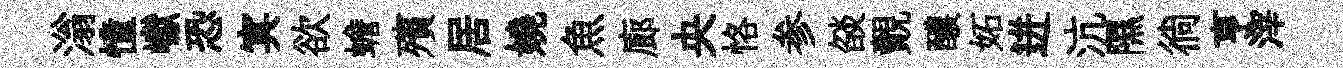
滃憧巘恐㝠欲蟾殯居嬈魚廊央恪参燄覿醲妬迸沆隰徜亨滓